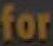
for